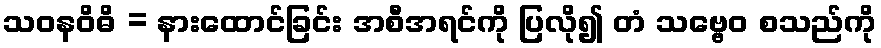
သဝနဝိဓိ = နားထောင်ခြင်း အစီအရင်ကို ပြလို၍ တံ သဗ္ဗေဝ စသည်ကို